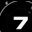
Digit: 7